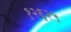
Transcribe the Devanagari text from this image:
१२६२५